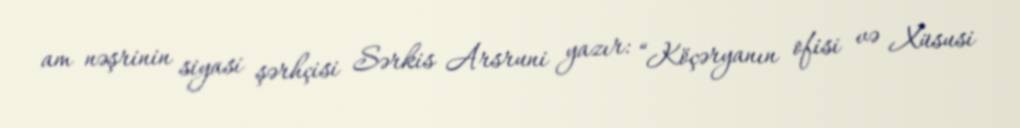
am nəşrinin siyasi şərhçisi Sərkis Arsruni yazır: “Köçəryanın ofisi və Xüsusi